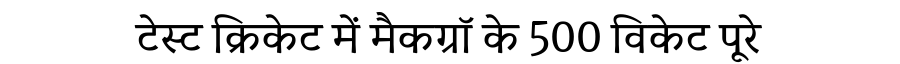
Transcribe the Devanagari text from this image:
टेस्ट क्रिकेट में मैकग्रॉ के 500 विकेट पूरे